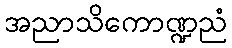
အညာသိကောဏ္ဍညံ